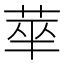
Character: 𬜻